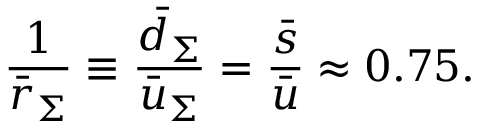
\frac { 1 } { \bar { r } _ { \Sigma } } \equiv \frac { \bar { d } _ { \Sigma } } { \bar { u } _ { \Sigma } } = \frac { \bar { s } } { \bar { u } } \approx 0 . 7 5 .